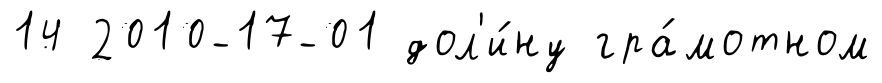
14 2010-17-01 дол'и́ну гра́мотном